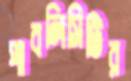
পাবলিসিটির